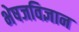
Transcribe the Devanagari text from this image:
भेषजविज्ञान